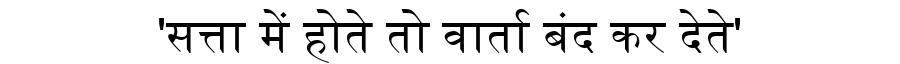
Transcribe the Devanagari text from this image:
'सत्ता में होते तो वार्ता बंद कर देते'